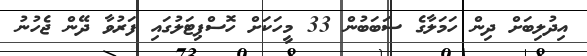
އިދުލިބަށް ދިން ހަމަލާގެ ސަބަބުން 33 މީހަކަށް ހޮސްޕިޓަލުގައި ފަރުވާ ދޭން ޖެހުނު